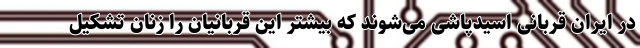
در ایران قربانی اسیدپاشی می‌شوند که بیشتر این قربانیان را زنان تشکیل